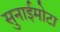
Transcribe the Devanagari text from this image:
सुनाईमोटा